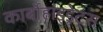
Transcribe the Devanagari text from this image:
कार्बोहाइड्रेट्‌स